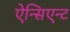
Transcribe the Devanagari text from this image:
ऐन्सिएन्ट